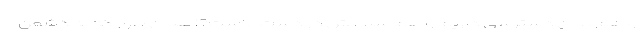
و هم بدان دسترسی داریم و هم سلاحش در دست ماست؟! همان طور که به دشمن